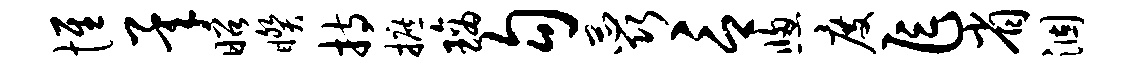
惟承昭睽持摭璃勾蕊言窗度乍省涸